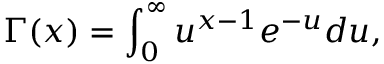
\Gamma ( x ) = \int _ { 0 } ^ { \infty } u ^ { x - 1 } e ^ { - u } d u ,